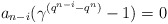
\begin{align*} a_{n-i}(\gamma^{(q^{n-i}-q^n)}-1)=0 \end{align*}